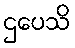
ဌပေသိ